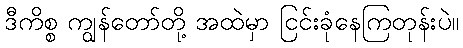
ဒီကိစ္စ ကျွန်တော်တို့ အထဲမှာ ငြင်းခုံနေကြတုန်းပဲ။